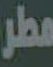
مطر